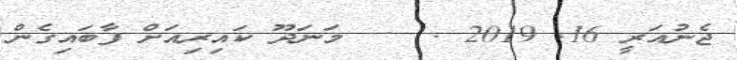
ޖެނުއަރީ 16